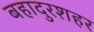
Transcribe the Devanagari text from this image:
बहादुरशहर